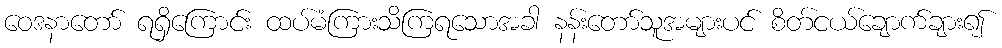
ဝေဒနာတော် ရရှိကြောင်း ထပ်မံကြားသိကြရသောအခါ နန်းတော်သူအများပင် စိတ်ငယ်ချောက်ချား၍